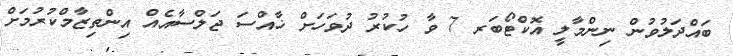
ބައްދަލުވުން ނިންމާލީ އޮކްޓޯބަރ 7 ވާ ހުކުރު ދުވަހަށް ޚާއްސަ ޖަލްސާއެއް އިންތިޒާމްކުރުމަށް